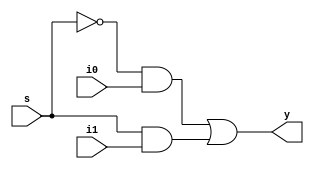
// Code your design here
module mux (y,s,i1,i0); 
input i1,i0,s; 
output y; 
wire sbar,p1,p2,y; 
not G1 (sbar,s); 
and G2 (p1,sbar,i0); 
and G3 (p2,s,i1); 
or G4 (y,p1,p2); 
endmodule